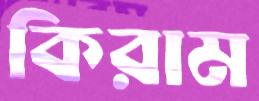
কিরাম